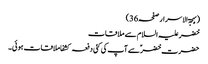
(بہجۃ الاسرار صفحہ36)
خضر علیہ السلام سے ملاقات
حضرت خضرؑ سے آپ کی کئی دفعہ کشفا ملاقات ہوئی۔